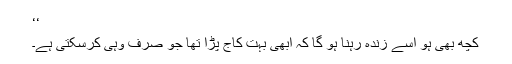
‘‘
کچھ بھی ہو اسے زندہ رہنا ہو گا کہ ابھی بہت کاج پڑا تھا جو صرف وہی کرسکتی ہے۔